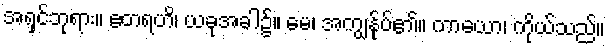
အရှင်ဘုရား။ ဧတရဟိ၊ ယခုအခါ၌။ မေ၊ အကျွန်ုပ်၏။ ကာယော၊ ကိုယ်သည်။